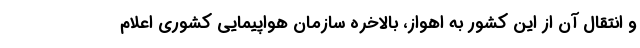
و انتقال آن از این کشور به اهواز، بالاخره سازمان هواپیمایی کشوری اعلام